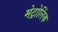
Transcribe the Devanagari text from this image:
मेट्रोलिंक